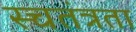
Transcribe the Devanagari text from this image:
स्चतंत्रता